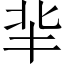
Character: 𠤖